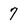
Character: 7